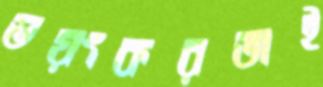
ভয়ংকরতাই